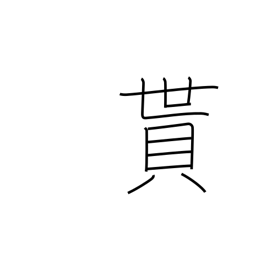
Meaning: obtain